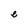
Character: e